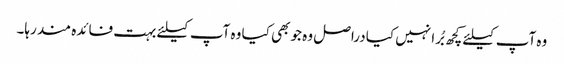
وہ آپ کیلئے کچھ بُرا نہیں کیا دراصل وہ جو بھی کیا وہ آپ کیلئے بہت فائدہ مند رہا۔